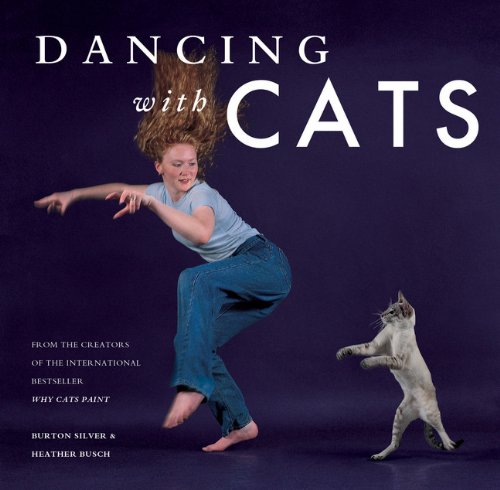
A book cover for Dancing with Cats: From the Creators of the International Best Seller Why Cats Paint; Burton Silver; Humor & Entertainment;